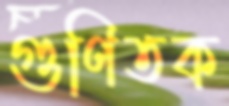
গুণিতক